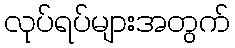
လုပ်ရပ်များအတွက်